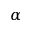
\alpha